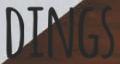
DINGS